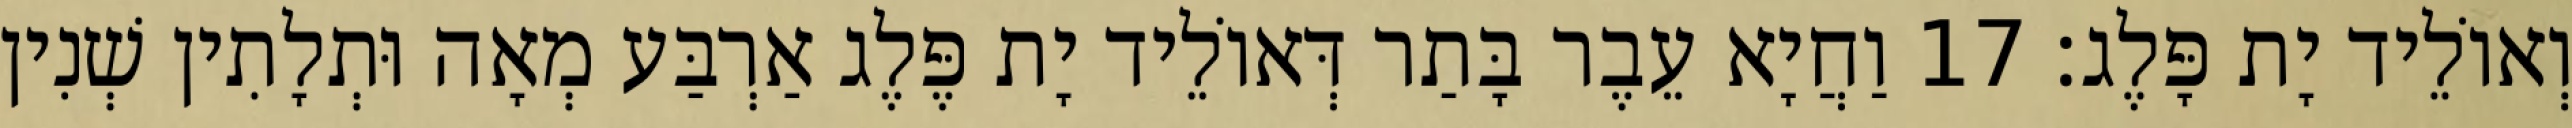
וְאוֹלֵיד יָת פָּלֶג׃ 17 וַחֲיָא עֵבֶר בָּתַר דְּאוֹלֵיד יָת פֶּלֶג אַרְבַּע מְאָה וּתְלָתִין שְׁנִין